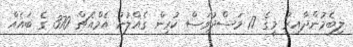
ލިބެމުންދާއިރު މީގެ 17 މަސްދުވަސް ކުރިން ގެއްލުނު އެމްއެޗް 370 ގެ ބައެއް